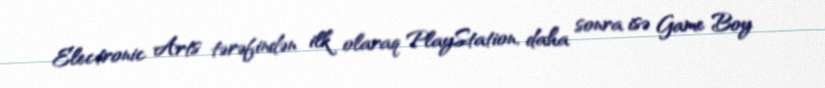
Electronic Arts tərəfindən ilk olaraq PlayStation, daha sonra isə Game Boy